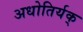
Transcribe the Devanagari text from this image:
अधोतिर्यक्‌